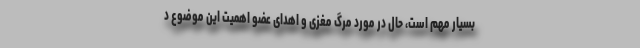
بسیار مهم است، حال در مورد مرگ مغزی و اهدای عضو اهمیت این موضوع د